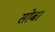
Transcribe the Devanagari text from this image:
सोबा